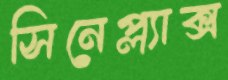
সিনেপ্ল্যাক্স